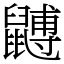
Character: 䶈